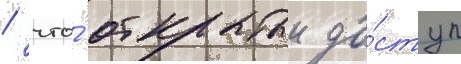
/ что́ открытыи до́ступ